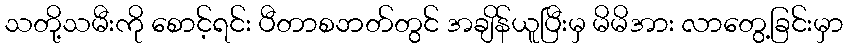
သတို့သမီးကို စောင့်ရင်း ပီတာစဘတ်တွင် အချိန်ယူပြီးမှ မိမိအား လာတွေ့ခြင်းမှာ